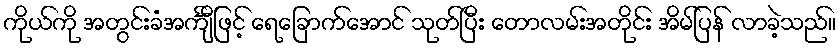
ကိုယ်ကို အတွင်းခံအင်္ကျီဖြင့် ရေခြောက်အောင် သုတ်ပြီး တောလမ်းအတိုင်း အိမ်ပြန် လာခဲ့သည်။